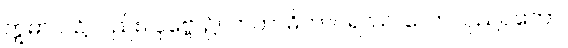
ဣဓာပိ၊ ၌လည်း။ ပုဗ္ဗေ၊ ၌။ ကတာဓိကာဂရဿ၊ သော။ ပုညဝတော၊